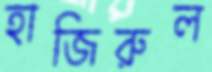
হাজিরুল